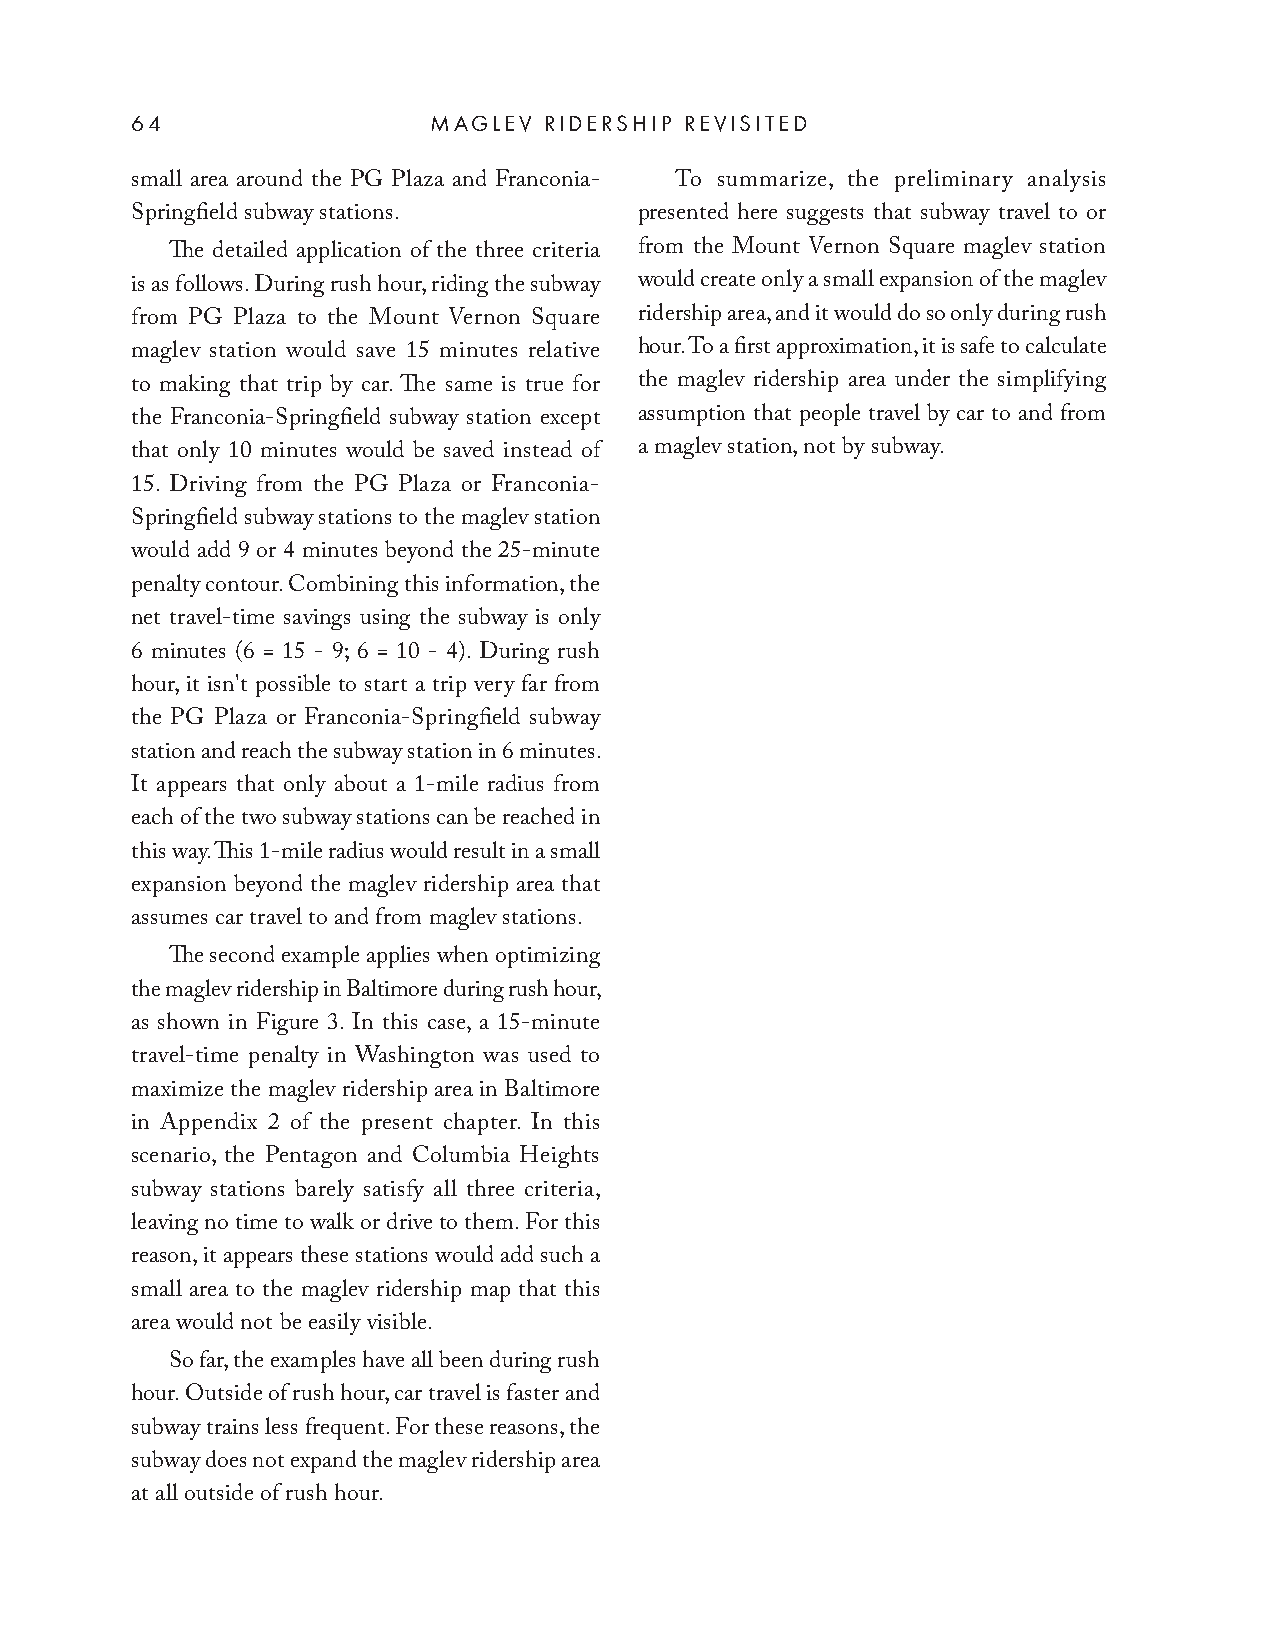
64                 MAGLEV  RIDERSHIP REVISITED
 small area around the PG Plaza and Franconia- To summarize, the preliminary analysis
 Springfield subway stations.     presented here suggests that subway travel to or
 The detailed application of the three criteria from the Mount Vernon Square maglev station
 is as follows. During rush hour, riding the subway would create only a small expansion of the maglev
 from PG Plaza to the Mount Vernon Square ridership area, and it would do so only during rush
 maglev station would save 15 minutes relative hour. To a first approximation, it is safe to calculate
 to making that trip by car. The same is true for the maglev ridership area under the simplifying
 the Franconia-Springfield subway station except assumption that people travel by car to and from
 that only 10 minutes would be saved instead of a maglev station, not by subway.
 15. Driving from the PG Plaza or Franconia-
 Springfield subway stations to the maglev station
 would add 9 or 4 minutes beyond the 25-minute
 penalty contour. Combining this information, the
 net travel-time savings using the subway is only
 6 minutes (6 = 15 - 9; 6 = 10 - 4). During rush
 hour, it isn't possible to start a trip very far from
 the PG Plaza or Franconia-Springfield subway
 station and reach the subway station in 6 minutes.
 It appears that only about a 1-mile radius from
 each of the two subway stations can be reached in
 this way. This 1-mile radius would result in a small
 expansion beyond the maglev ridership area that
 assumes car travel to and from maglev stations.
 The second example applies when optimizing
 the maglev ridership in Baltimore during rush hour,
 as shown in Figure 3. In this case, a 15-minute
 travel-time penalty in Washington was used to
 maximize the maglev ridership area in Baltimore
 in Appendix 2 of the present chapter. In this
 scenario, the Pentagon and Columbia Heights
 subway stations barely satisfy all three criteria,
 leaving no time to walk or drive to them. For this
 reason, it appears these stations would add such a
 small area to the maglev ridership map that this
 area would not be easily visible.
 So far, the examples have all been during rush
 hour. Outside of rush hour, car travel is faster and
 subway trains less frequent. For these reasons, the
 subway does not expand the maglev ridership area
 at all outside of rush hour.